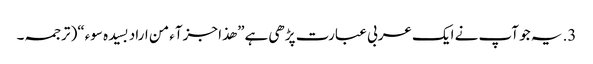
3. یہ جو آپ نے ایک عربی عبارت پڑھی ہے” ھذا جزآء من اراد بسیدہ سوء“( ترجمہ۔